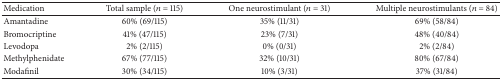
<table><thead><tr><td><b>Medication</b></td><td><b>Total sample (<i>n</i> = 115)</b></td><td><b>One neurostimulant (<i>n</i> = 31)</b></td><td><b>Multiple neurostimulants (<i>n</i> = 84)</b></td></tr></thead><tbody><tr><td>Amantadine</td><td>60% (69/115)</td><td>35% (11/31)</td><td>69% (58/84)</td></tr><tr><td>Bromocriptine</td><td>41% (47/115)</td><td>23% (7/31)</td><td>48% (40/84)</td></tr><tr><td>Levodopa</td><td>2% (2/115)</td><td>0% (0/31)</td><td>2% (2/84)</td></tr><tr><td>Methylphenidate</td><td>67% (77/115)</td><td>32% (10/31)</td><td>80% (67/84)</td></tr><tr><td>Modafinil</td><td>30% (34/115)</td><td>10% (3/31)</td><td>37% (31/84)</td></tr></tbody></table>